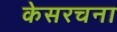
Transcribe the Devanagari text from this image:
केसरचना